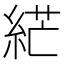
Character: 𦀴